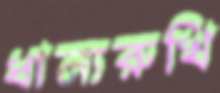
ধান্যরুখি